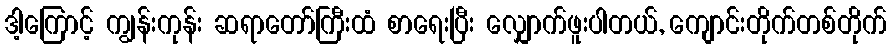
ဒါ့ကြောင့် ကျွန်းကုန်း ဆရာတော်ကြီးထံ စာရေးပြီး လျှောက်ဖူးပါတယ်, ကျောင်းတိုက်တစ်တိုက်